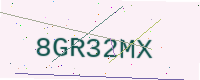
Text: 8GR32MX